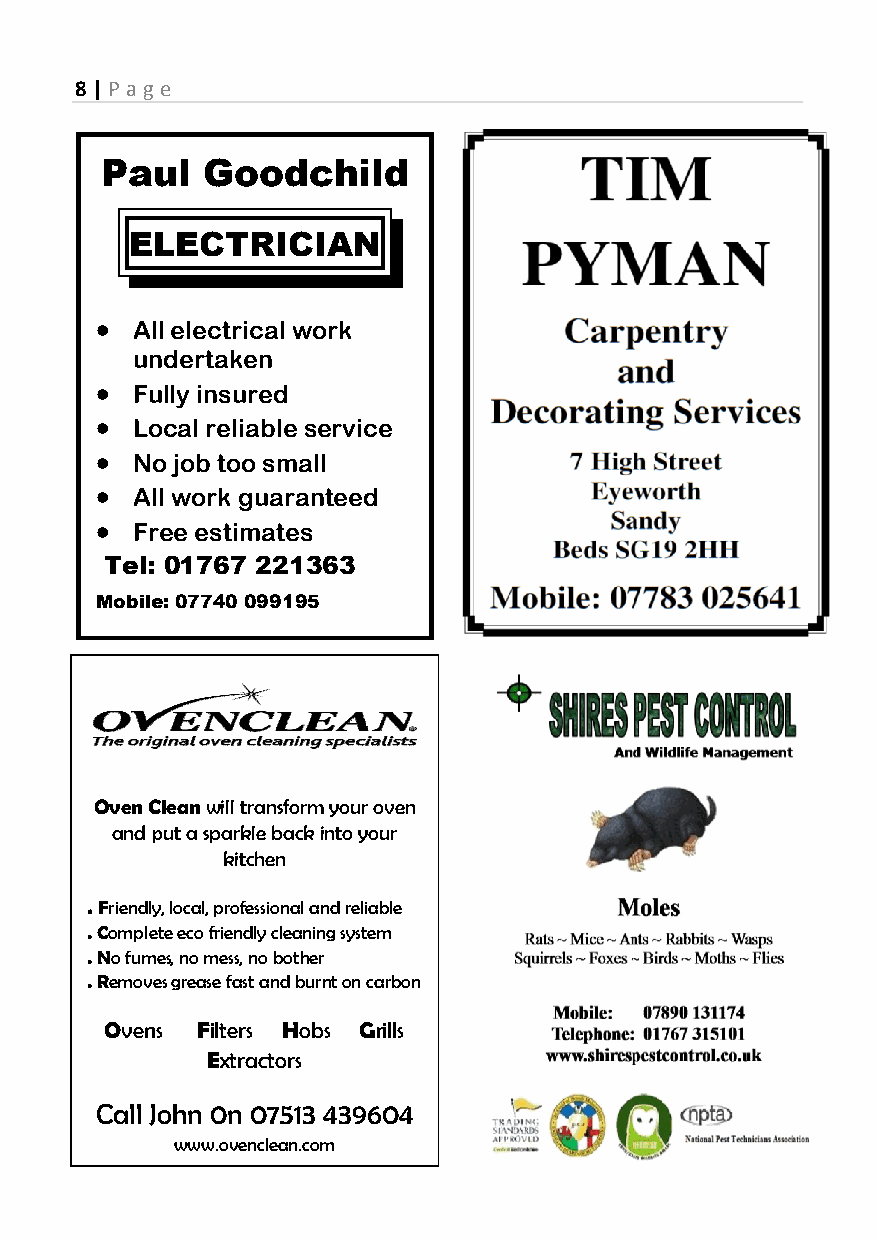
8 | P a ge
 Pauul Goodcchild
 ELLECTRICIIAN
 •
 All electrical woork
 unndertaken
 •
 Fuully insured
 •
 Loocal reliable service
 •
 Noo job too smalll
 •
 All work guarannteed
 •
 Frree estimates
 Tel: 01767 2213363
 Mobilee: 07740 0991955
 Oven CClean will transformm your oven
 and pput a sparkle back into your
 kitchen
 . Friendlyy, local, professional aand reliable
 . Complette eco friendly cleaninng system
 . No fumees, no mess, no botheer
 . Removees grease fast and burrnt on carbon
 Ovenss Filters Hobbs Grills
 Extractors
 Call Joohn 0n 07513 439604
 www.ovenclean.coom